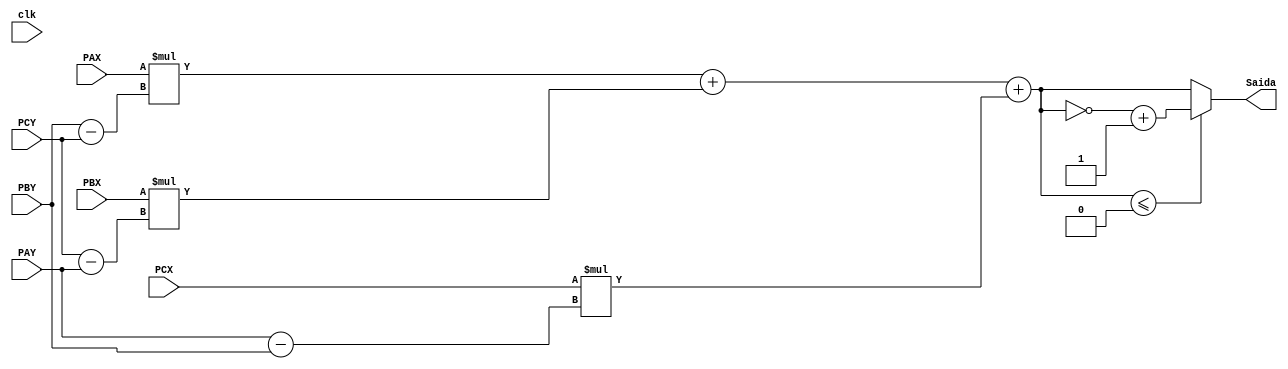
module sign(input clk, input [23:0]PAX, input [23:0]PAY, input [23:0]PBX, input [23:0]PBY, 	input [23:0]PCX, input [23:0]PCY, output [23:0]Saida);

	reg signed[23:0] r;
	wire signed [23:0] a;
	assign a =(PAX*(PBY-PCY))+(PBX*(PCY-PAY))+(PCX*(PAY-PBY));

	always @(clk) begin 	
		if(a<=0) begin
			r = (~a[23:0])+24'h01;		
		end else begin
			r = a;
		end
	end
	assign Saida = r;
endmodule

module triangulo(input clk, input [23:0] P1X, input [23:0] P1Y, input [23:0] P2X, input [23:0] P2Y, input [23:0] P3X, input [23:0] P3Y, input [23:0] P4X, input [23:0] P4Y, output saida);
	reg a;
	wire[23:0] P1, P2, P3,P4;

	sign Pt1(clk, P1X, P1Y, P2X, P2Y, P3X, P3Y, P1);
	sign Pt2(clk, P1X, P1Y, P3X, P3Y, P4X, P4Y, P2);
	sign Pt3(clk, P1X, P1Y, P2X, P2Y, P4X, P4Y, P3);
	sign Pt4(clk, P3X, P3Y, P4X, P4Y, P2X, P2Y, P4);

	assign saida = P1==(P2+P3+P4);
endmodule

module executa;

	integer data_file;
	integer write_file;
	integer valor;

	reg clk;
	reg signed [23:0] P1X;
	reg signed [23:0] P1Y;
	reg signed [23:0] P2X;
	reg signed [23:0] P2Y;
	reg signed [23:0] P3X;
	reg signed [23:0] P3Y;
	reg signed [23:0] P4X;
	reg signed [23:0] P4Y;
	wire saida;
	reg state = 0;

	triangulo T(clk,P1X, P1Y, P2X, P2Y, P3X, P3Y, P4X, P4Y, saida);

	always #2 clk =~clk;

	initial begin
		clk = 0;
		data_file = $fopen("numeros.txt", "r");
		write_file = $fopen("Verilog.txt", "w");
		if (data_file == 0) begin
			$finish;
		end 
		if (write_file == 0) begin
			$finish;
		end
	end

	always #2 begin

	if (!$feof(data_file)) begin
		if (state != 0)begin
			$fdisplay(write_file, "%d",saida);
			valor = $fscanf(data_file, "%d %d %d %d %d %d %d %d",
			P1X, P1Y, P2X, P2Y, P3X, P3Y, P4X, P4Y);
		end else begin
			valor = $fscanf(data_file, "%d %d %d %d %d %d %d %d",
			P1X, P1Y, P2X, P2Y, P3X, P3Y, P4X, P4Y);
			state = 1;
		end
	end else begin
		$finish;
	end
	end
endmodule